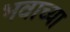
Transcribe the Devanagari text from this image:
भवाच्या